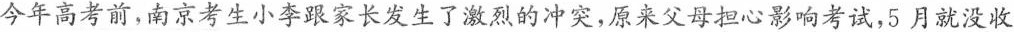
今年高考前，南京考生小李跟家长发生了激烈的冲突，原来父母担心影响考试，5月就没收